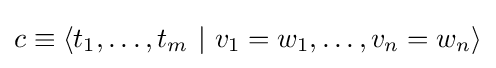
c\equiv \langle t_{1},\dots ,t_{m}\ |\ v_{1}=w_{1},\dots ,v_{n}=w_{n}\rangle